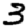
Digit: 3